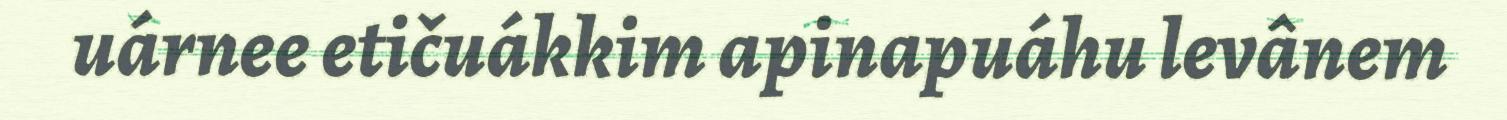
uárnee etičuákkim apinapuáhu levânem